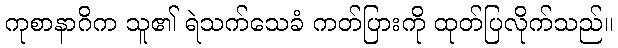
ကုစာနာဂိက သူ၏ ရဲသက်သေခံ ကတ်ပြားကို ထုတ်ပြလိုက်သည်။